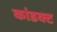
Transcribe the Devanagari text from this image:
कांडक्ट